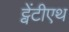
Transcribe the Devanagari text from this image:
ट्वेंटीएथ